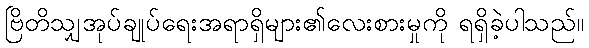
ဗြိတိသျှအုပ်ချုပ်ရေးအရာရှိများ၏လေးစားမှုကို ရရှိခဲ့ပါသည်။